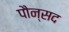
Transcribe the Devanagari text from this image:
पौन्सद